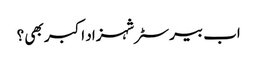
اب بیرسٹر شہزاد اکبر بھی ؟